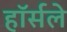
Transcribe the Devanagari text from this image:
हॉर्सले